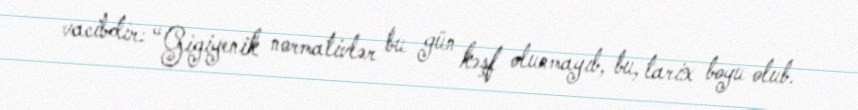
vacibdir: “Gigiyenik normativlər bu gün kəşf olunmayıb, bu, tarix boyu olub.